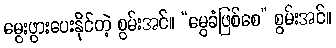
မွေးဖွားပေးနိုင်တဲ့ စွမ်းအင်။ “မွေခံဖြစ်စေ” စွမ်းအင်။